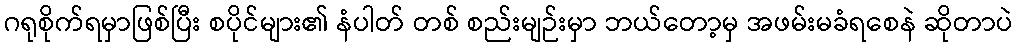
ဂရုစိုက်ရမှာဖြစ်ပြီး စပိုင်များ၏ နံပါတ် တစ် စည်းမျဉ်းမှာ ဘယ်တော့မှ အဖမ်းမခံရစေနဲ ဆိုတာပဲ